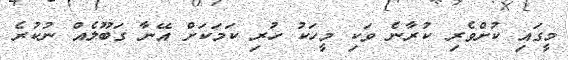
މީގައި ކުށްވެރި ކުރާނެ ވަކި މީހަކު ހުރި ކަމަކަށް އޭނާ ގަބޫލެއް ނުކުރެ